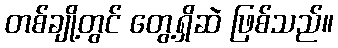
တစ်ချို့တွင် တွေ့ရှိဆဲ ဖြစ်သည်။